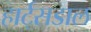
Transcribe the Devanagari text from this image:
हार्ट्‌सडाल